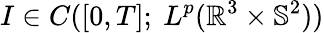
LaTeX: I\in C([0,T];\ L^{p}(\mathbb{R}^{3}\times\mathbb{S}^{2}))